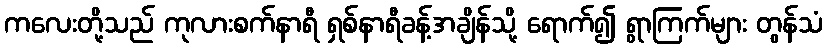
ကလေးတို့သည် ကုလားစက်နာရီ ရှစ်နာရီခန့်အချိန်သို့ ရောက်၍ ရွာကြက်များ တွန်သံ